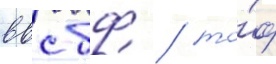
ввс бф / то́ф